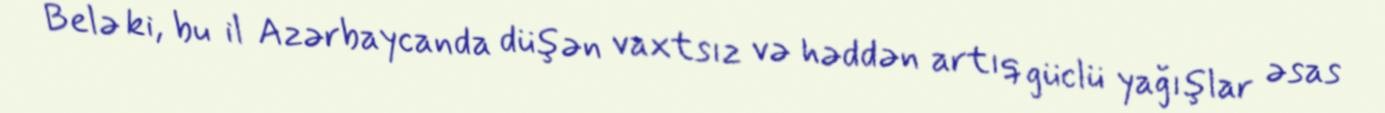
Belə ki, bu il Azərbaycanda düşən vaxtsız və həddən artıq güclü yağışlar əsas